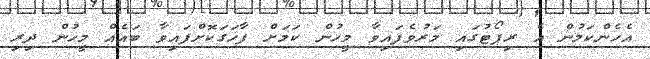
އެހެންކަމުން އެ ރިޕޯޓުގައި މަރުވެފައިވާ މީހުން ކަމަށް ފާހަގަކޮށްފައިވާ ބައެއް މީހުން ދިރި